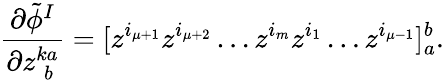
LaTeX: \frac{\partial\tilde{\phi}^{I}}{\partial z_{\; b}^{ka}}=[z^{i_{\mu+1}}z^{i_{\mu+2}}\ldots z^{i_{m}}z^{i_{1}}\ldots z^{i_{\mu-1}}]_{a}^{b}.